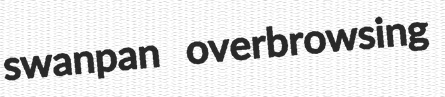
swanpan overbrowsing